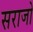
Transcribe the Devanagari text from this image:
सराजो